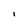
Character: I